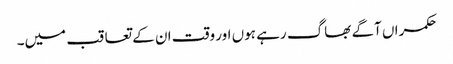
حکمراں آگے بھاگ رہے ہوں اور وقت ان کے تعاقب میں۔